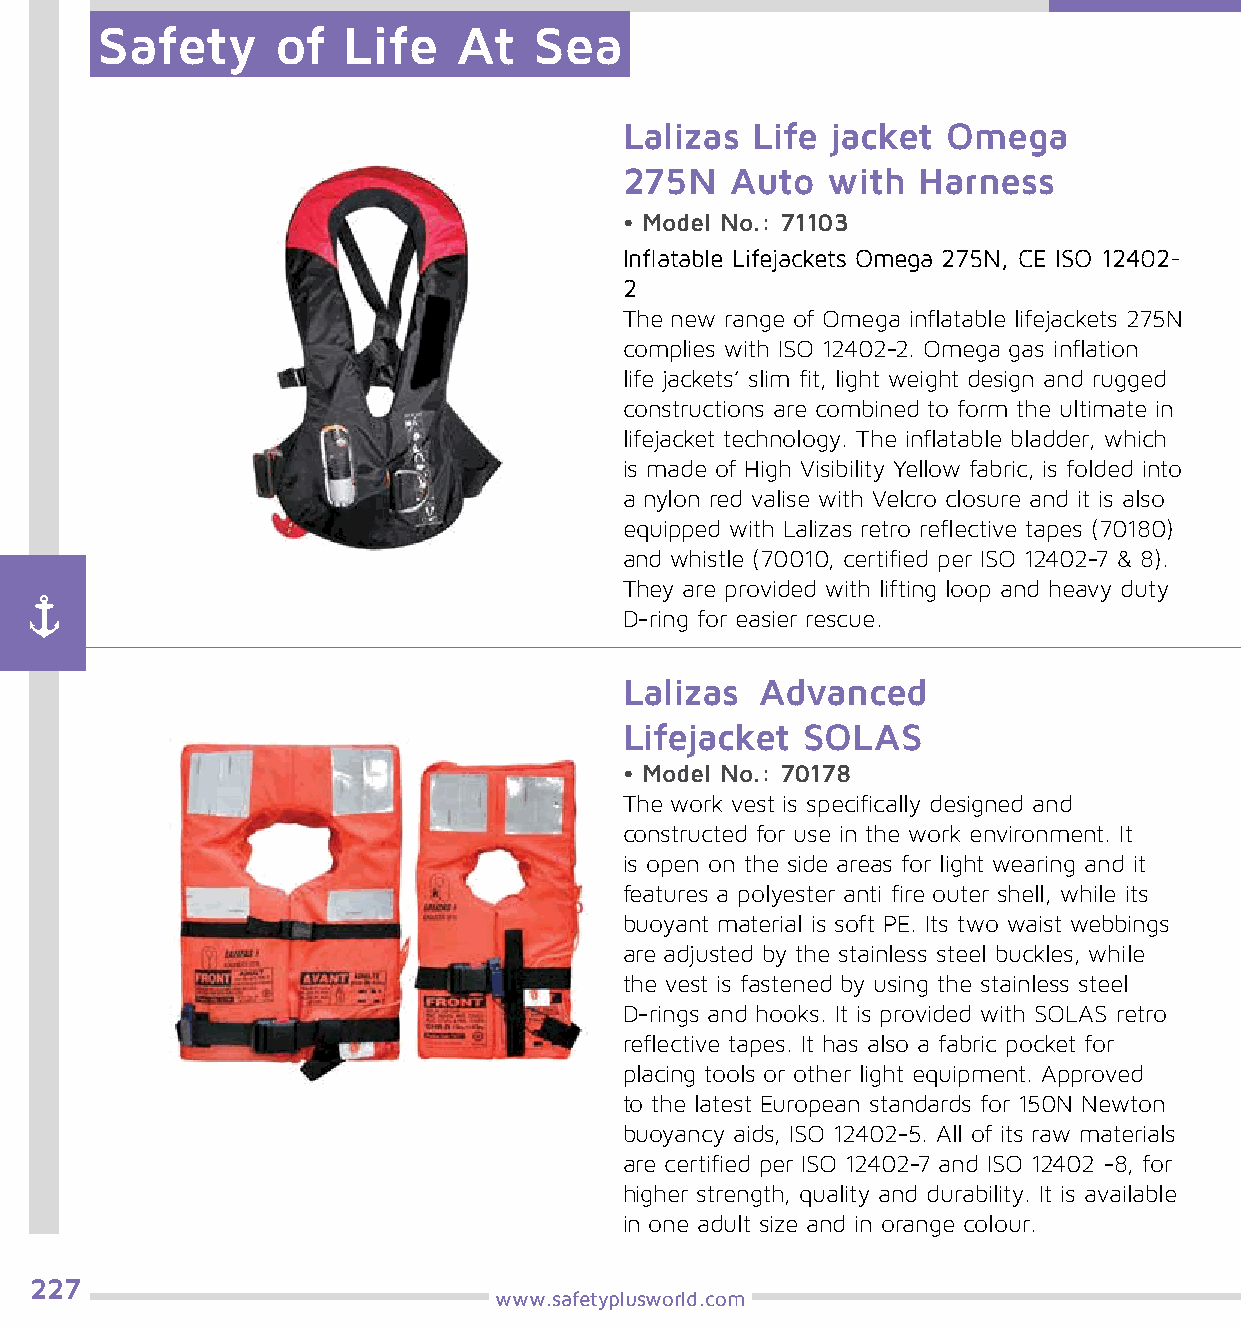
Safety      of   Life   At   Sea
 Lalizas  Life jacket  Omega
 275N   Auto   with  Harness
 • Model No.: 71103
 Inflatable Lifejackets Omega 275N, CE ISO 12402-
 2
 The new range of Omega inflatable lifejackets 275N
 complies with ISO 12402-2. Omega gas inflation
 life jackets’ slim fit, light weight design and rugged
 constructions are combined to form the ultimate in
 lifejacket technology. The inflatable bladder, which
 is made of High Visibility Yellow fabric, is folded into
 a nylon red valise with Velcro closure and it is also
 equipped with Lalizas retro reflective tapes (70180)
 and whistle (70010, certified per ISO 12402-7 & 8).
 They are provided with lifting loop and heavy duty
 D-ring for easier rescue.
 Lalizas  Advanced
 Lifejacket  SOLAS
 • Model No.: 70178
 The work vest is specifically designed and
 constructed for use in the work environment. It
 is open on the side areas for light wearing and it
 features a polyester anti fire outer shell, while its
 buoyant material is soft PE. Its two waist webbings
 are adjusted by the stainless steel buckles, while
 the vest is fastened by using the stainless steel
 D-rings and hooks. It is provided with SOLAS retro
 reflective tapes. It has also a fabric pocket for
 placing tools or other light equipment. Approved
 to the latest European standards for 150N Newton
 buoyancy aids, ISO 12402-5. All of its raw materials
 are certified per ISO 12402-7 and ISO 12402 -8, for
 higher strength, quality and durability. It is available
 in one adult size and in orange colour.
 227
 www.safetyplusworld.com